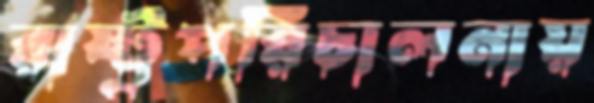
রাষ্ট্রপরিচালনায়